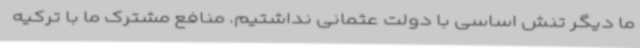
ما دیگر تنش اساسی با دولت عثمانی نداشتیم. منافع مشترک ما با ترکیه